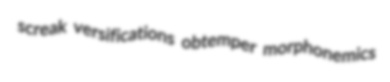
screak versifications obtemper morphonemics